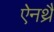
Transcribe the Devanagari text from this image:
ऐनथ्रै